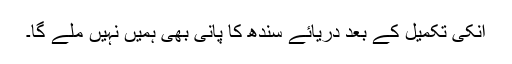
انکی تکمیل کے بعد دریائے سندھ کا پانی بھی ہمیں نہیں ملے گا۔